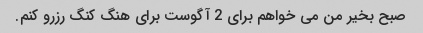
صبح بخیر من می خواهم برای 2 آگوست برای هنگ کنگ رزرو کنم.